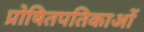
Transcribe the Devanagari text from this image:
प्रोषितपतिकाओं